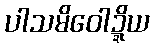
ပါသမိဝေါဍ္ဍိယ